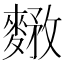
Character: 𪍘